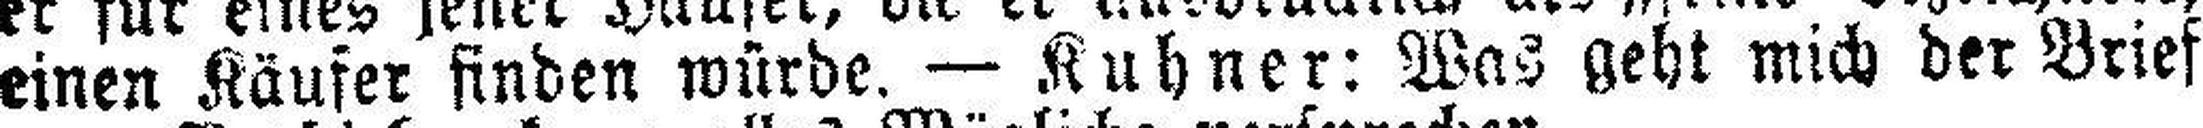
einen Käufer finden würde. — Kuhner: Was geht mich der Brief